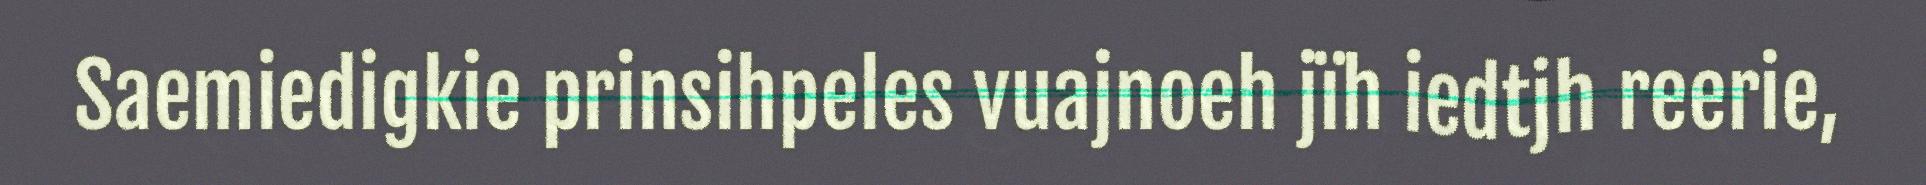
Saemiedigkie prinsihpeles vuajnoeh jïh iedtjh reerie,